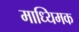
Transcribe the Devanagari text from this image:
माध्यिमक